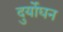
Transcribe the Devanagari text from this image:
दुर्योघन